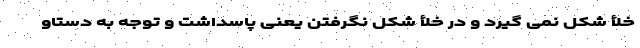
خلأ شکل نمی گیرد و در خلأ شکل نگرفتن یعنی پاسداشت و توجه به دستاو